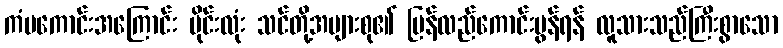
ကံမကောင်းအကြောင်း မိုင်းလုံး သင်တို့အများစု၏ ပြန်လည်ကောင်းမွန်ရန် လူသားသည်ကြီးစွာသော